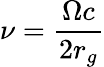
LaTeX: \nu=\frac{\Omega c}{2r_{g}}